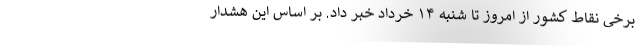
برخی نقاط کشور از امروز تا شنبه ۱۴ خرداد خبر داد. بر اساس این هشدار